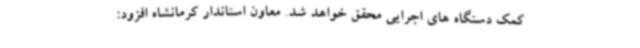
کمک دستگاه های اجرایی محقق خواهد شد. معاون استاندار کرمانشاه افزود: